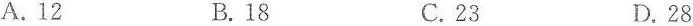
A.12 B.18 C.23 D.28